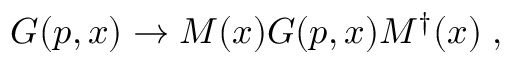
G ( p , x ) \rightarrow { \cal M } ( x ) G ( p , x ) { \cal M } ^ { \dag } ( x ) \; ,